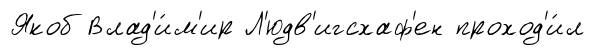
Якоб Влад'и́м'ир Л'юдв'игсхаф'ен проход'и́л